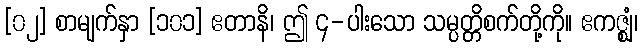
[၀၂] စာမျက်နှာ [၁၀၁] ဧတာနိ၊ ဤ ၄-ပါးသော သမ္ပတ္တိစက်တို့ကို။ ဧကဇ္ဈံ၊